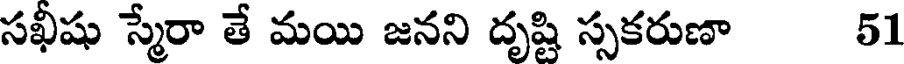
సఖీషు స్మేరా తే మయి జనని దృష్టి స్సకరుణా 51